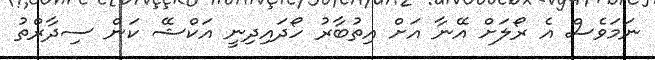
ނަމަވެސް އެ ރޯލަށް އޭނާ އަށް އިތުބާރު ހޯދައިދިނީ އަކްޝޭ ކަން ސިދާރްތު